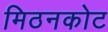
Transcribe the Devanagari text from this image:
मिठनकोट